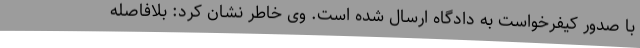
با صدور کیفرخواست به دادگاه ارسال شده است. وی خاطر نشان کرد: بلافاصله